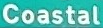
Coastal